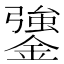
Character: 䥒